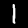
Label: 1